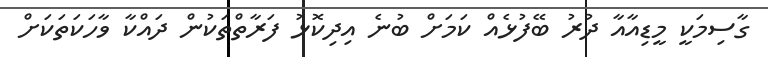
ގާސިމަކީ މީޑިއާއާ ދުރު ބޭފުޅެއް ކަމަށް ބުނެ އިދިކޮޅު ފަރާތްތަކުން ދައްކާ ވާހަކަތަކަށް